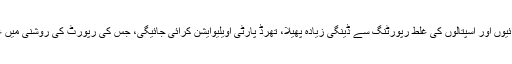
سیکریٹری صحت پنجاب محمد عثمان کے مطابق فرضی کارروائیوں اور اسپتالوں کی غلط رپورٹنگ سے ڈینگی زیادہ پھیلا، تھرڈ پارٹی اویلیوایشن کرائی جائیگی، جس کی رپورٹ کی روشنی میں غفلت کے مرتکب اہل کاروں کے خلاف کارروائی کی جائے گی۔